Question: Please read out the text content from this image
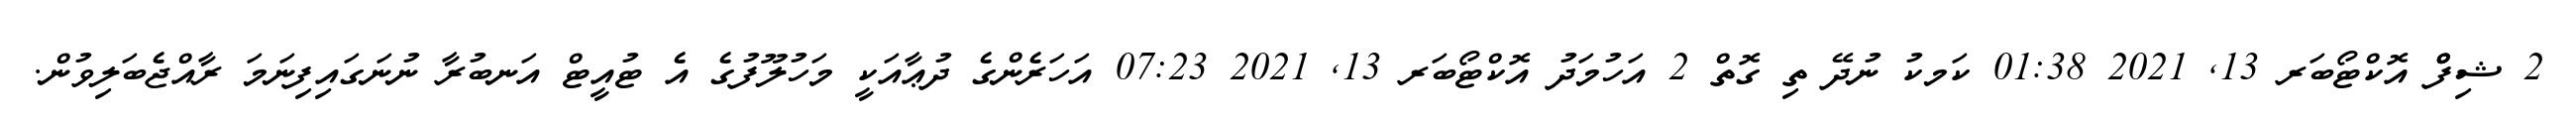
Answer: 2 ޝިފްްް އޮކްޓޯބަރ 13, 2021 01:38 ކަމކު ނުދޭ ތި ގޮތް 2 އަހުމަދު އޮކްޓޯބަރ 13, 2021 07:23 އަހަރެންގެ ދުޢާއަކީ މަހުލޫފުގެ އެ ޓުއީޓް އަނބުރާ ނުނަގައިފިނަމަ ރާއްޖެބަލިވުން.